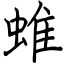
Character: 蜼